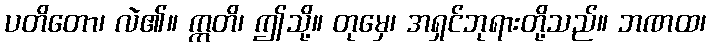
ပတိတော၊ လဲ၏။ ဣတိ၊ ဤသို့။ တုမှေ၊ အရှင်ဘုရားတို့သည်။ ဘဏထ၊